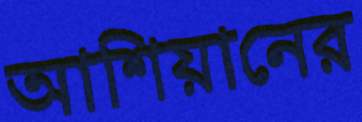
আশিয়ানের